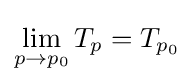
\lim _{p\to p_{0}}T_{p}=T_{p_{0}}